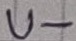
Text: U-